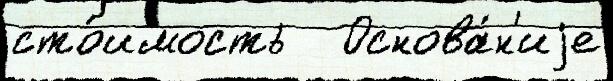
сто́имость   Основа́н'иjе